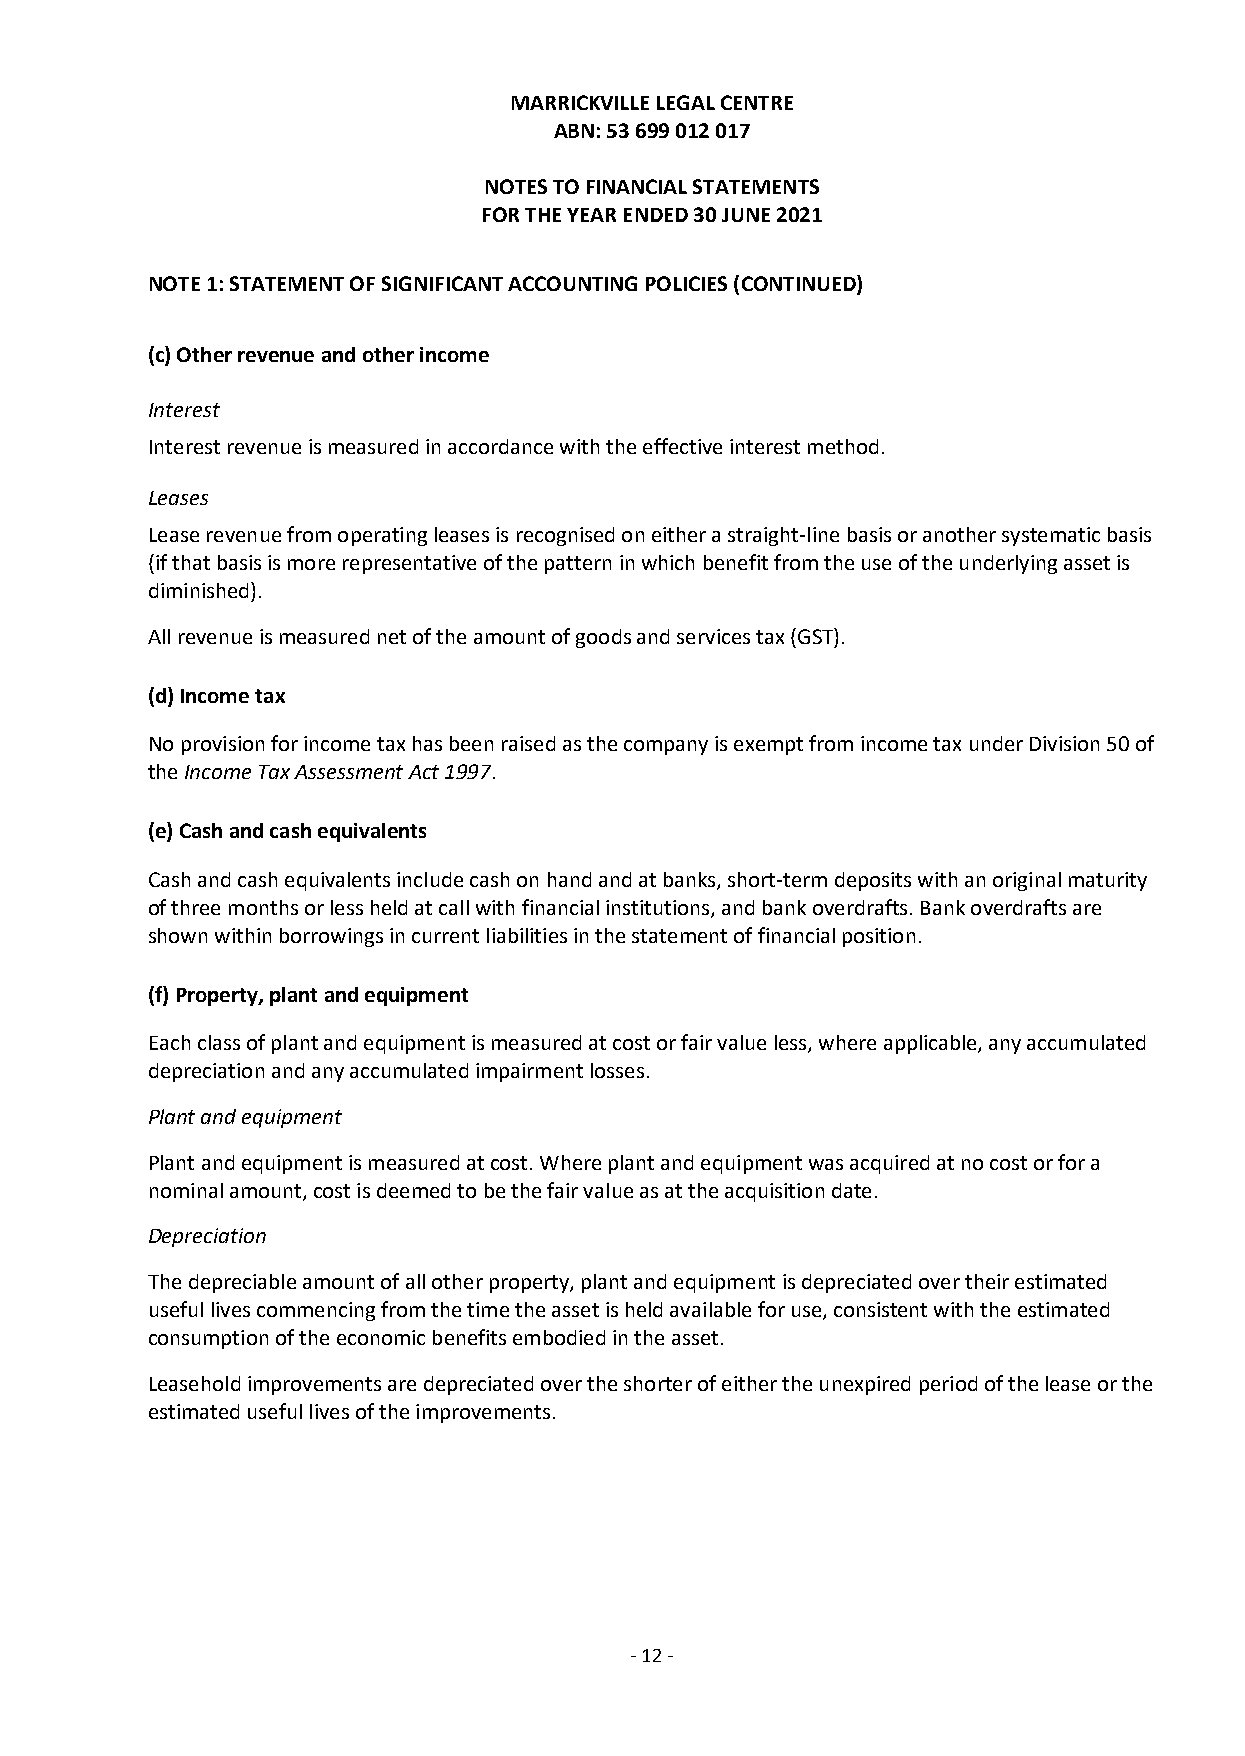
MARRICKVILLE LEGAL CENTRE
 ABN: 53 699 012 017
 NOTES TO FINANCIAL STATEMENTS
 FOR THE YEAR ENDED 30 JUNE 2021
 NOTE 1: STATEMENT OF SIGNIFICANT ACCOUNTING POLICIES (CONTINUED)
 (c) Other revenue and other income
 Interest
 Interest revenue is measured in accordance with the effective interest method.
 Leases
 Lease revenue from operating leases is recognised on either a straight-line basis or another systematic basis
 (if that basis is more representative of the pattern in which benefit from the use of the underlying asset is
 diminished).
 All revenue is measured net of the amount of goods and services tax (GST).
 (d) Income tax
 No provision for income tax has been raised as the company is exempt from income tax under Division 50 of
 the Income Tax Assessment Act 1997.
 (e) Cash and cash equivalents
 Cash and cash equivalents include cash on hand and at banks, short-term deposits with an original maturity
 of three months or less held at call with financial institutions, and bank overdrafts. Bank overdrafts are
 shown within borrowings in current liabilities in the statement of financial position.
 (f) Property, plant and equipment
 Each class of plant and equipment is measured at cost or fair value less, where applicable, any accumulated
 depreciation and any accumulated impairment losses.
 Plant and equipment
 Plant and equipment is measured at cost. Where plant and equipment was acquired at no cost or for a
 nominal amount, cost is deemed to be the fair value as at the acquisition date.
 Depreciation
 The depreciable amount of all other property, plant and equipment is depreciated over their estimated
 useful lives commencing from the time the asset is held available for use, consistent with the estimated
 consumption of the economic benefits embodied in the asset.
 Leasehold improvements are depreciated over the shorter of either the unexpired period of the lease or the
 estimated useful lives of the improvements.
 - 12 -